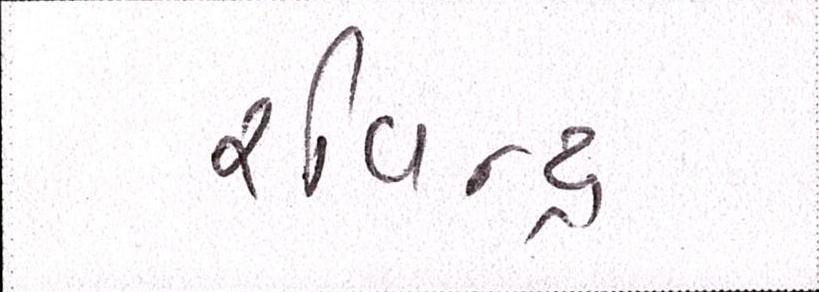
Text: રવિન્દ્ર